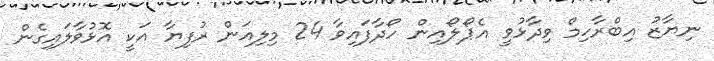
ނިޔާޒު އިބްރާހިމް ވިދާޅުވީ އެޕޯލޯއިން ހޯދާފައިވާ 24 މިލިއަން ރުފިޔާ އަކީ އޮޅުވާލައިގެން